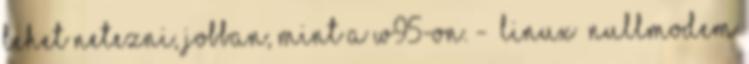
lehet netezni, jobban, mint a W95-on. - LINUX nullmodem